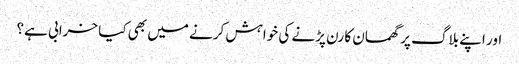
اور اپنے بلاگ پر گھمسان کا رن پڑنے کی خواہش کرنے میں بھی کیا خرابی ہے؟